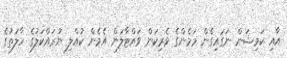
އާއި ކަމިޝަން ނަގައިގެން މަމެންގެ ވެރިކަން ވައްޓާލަން އެމެން ކުއްލި ނުރައްކަލުގެ ހާލަތުގެ